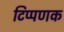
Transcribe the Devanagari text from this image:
टिप्पणक